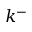
k ^ { - }